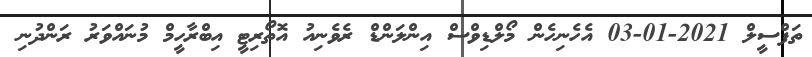
ތަފްސީލް 2021-01-03 އެހެނިހެން މޯލްޑިވްސް އިންލަންޑް ރެވެނިއު އޮތޯރިޓީ އިބްރާހީމް މުނައްވަރު ރަންދުނި